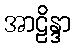
အာဠိန္ဒာ